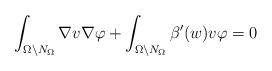
LaTeX: \begin{align*}\int _{\Omega \setminus N_\Omega} \nabla v \nabla \varphi + \int _{\Omega\setminus N_\Omega} \beta'(w) v \varphi = 0 \end{align*}